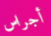
أجراس